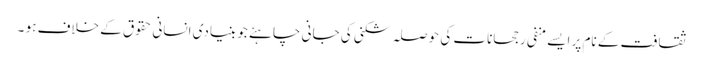
ثقافت کے نام پر ایسے منفی رجحانات کی حوصلہ شکنی کی جانی چاہئے جو بنیادی انسانی حقوق کے خلاف ہو ۔